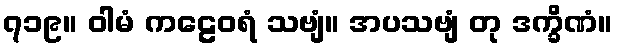
၇၁၉။ ဝါမံ ကဠေဝရံ သဗျံ။ အပသဗျံ တု ဒက္ခိဏံ။